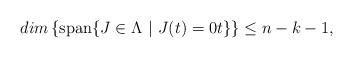
LaTeX: \begin{align*}dim\left\{ \mathrm{span}\{J\in \Lambda \ |\ J(t)=0t\}\right\} \leq n-k-1, \end{align*}